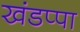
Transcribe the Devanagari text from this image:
खंडप्पा